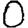
Digit: 0